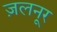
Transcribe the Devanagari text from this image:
ज़लनूर